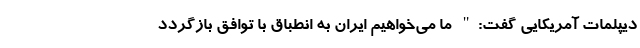
دیپلمات آمریکایی گفت:" ما می‌خواهیم ایران به انطباق با توافق بازگردد